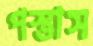
পস্তাস